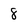
Character: 8